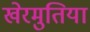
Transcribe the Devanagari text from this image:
खेरमुतिया